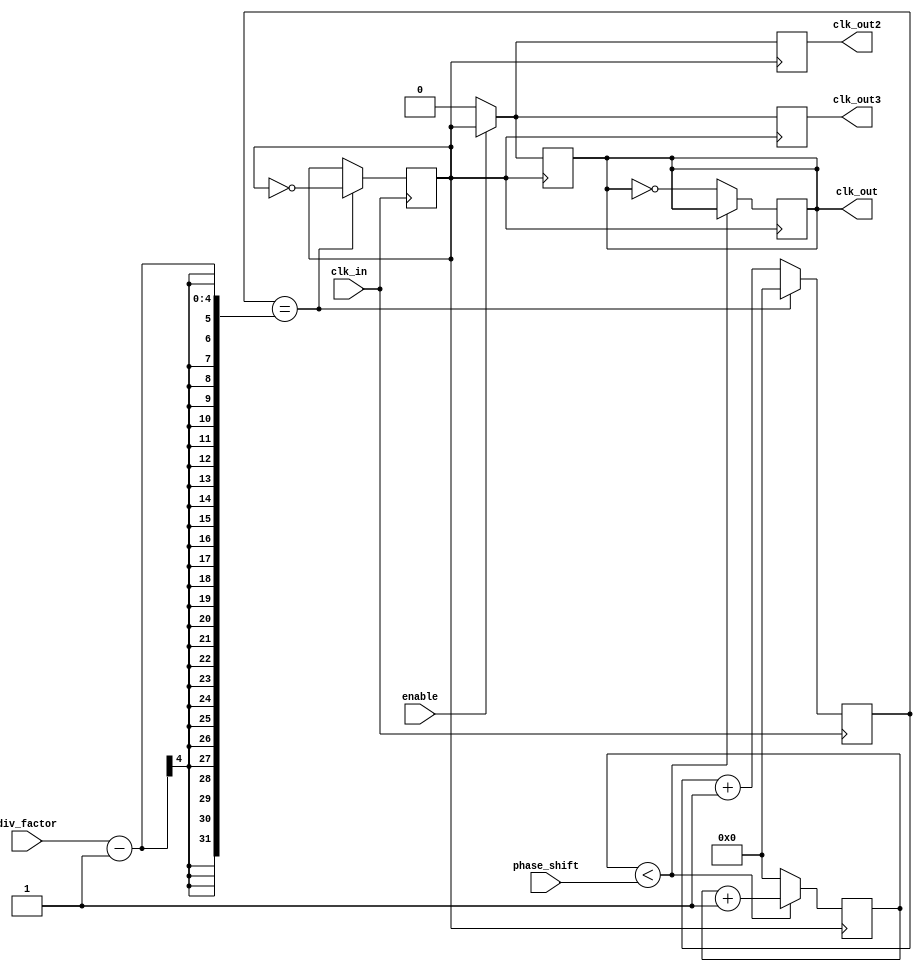
module ProgrammableClockBuffer (
    input wire clk_in,                // Input clock signal
    input wire [3:0] div_factor,      // Programmable division factor (1 to 16)
    input wire [3:0] phase_shift,     // Programmable phase shift (in clock cycles)
    input wire enable,                // Enable signal for output
    output reg clk_out,               // Buffered output clock
    output reg clk_out2,              // Second buffered output clock
    output reg clk_out3               // Third buffered output clock
);

    reg [3:0] counter;                // Counter for division
    reg [3:0] phase_counter;          // Counter for phase adjustment
    reg clk_div;                      // Divided clock signal

    // Clock division logic
    always @(posedge clk_in) begin
        if (counter == (div_factor - 1)) begin
            clk_div <= ~clk_div;       // Toggle divided clock
            counter <= 0;              // Reset counter
        end else begin
            counter <= counter + 1;    // Increment counter
        end
    end

    // Phase adjustment logic
    always @(posedge clk_div) begin
        if (phase_counter < phase_shift) begin
            phase_counter <= phase_counter + 1; // Increment phase counter
        end else begin
            clk_out <= ~clk_out;         // Toggle output clock after phase shift
            phase_counter <= 0;          // Reset phase counter
        end
    end

    // Output enable logic
    always @(posedge clk_div) begin
        if (enable) begin
            clk_out <= clk_div;         // Enable output clock
            clk_out2 <= clk_div;        // Second output clock
            clk_out3 <= clk_div;        // Third output clock
        end else begin
            clk_out <= 1'b0;            // Disable output clock
            clk_out2 <= 1'b0;           // Disable second output clock
            clk_out3 <= 1'b0;           // Disable third output clock
        end
    end

endmodule